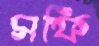
সফি